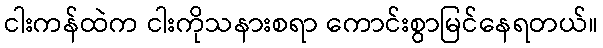
ငါးကန်ထဲက ငါးကိုသနားစရာ ကောင်းစွာမြင်နေရတယ်။